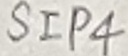
Text: SIP4